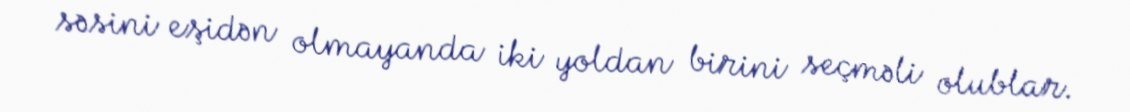
səsini eşidən olmayanda iki yoldan birini seçməli olublar.